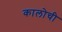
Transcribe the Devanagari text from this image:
कालोची